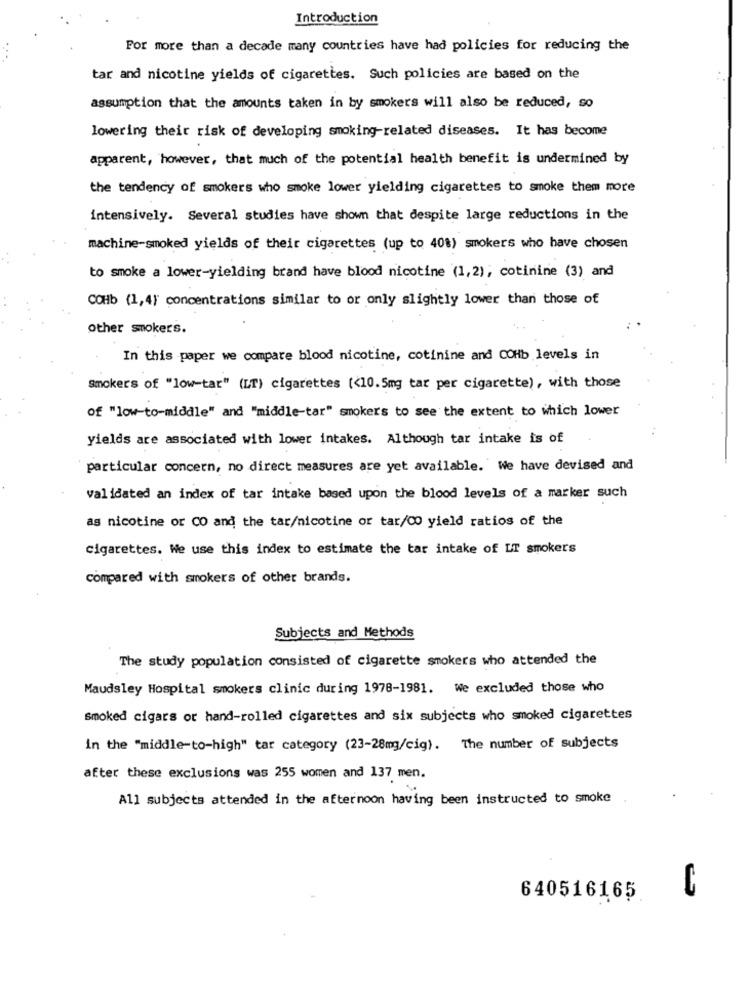
Introduction
For more than a decade many countries have had policies for reducing the
...
tar and nicotine yields of cigarettes. Such policies are based on the
assumption that the amounts taken in by smokers will also be reduced, so
lowering their risk of developing smoking-related diseases. It has become
apparent, however, that much of the potential health benefit is undermined by
the tendency of smokers who smoke lower yielding cigarettes to smoke them more
intensively. Several studies have shown that despite large reductions in the
machine-smoked yields of their cigarettes (up to 408) smokers who have chosen
to smoke a lower-yielding brand have blood nicotine (1,2); cotinine (3) and
COHb (1,4) concentrations similar to or only slightly lower than those of
other smokers.
In this paper we compare blood nicotine, cotinine and COHb levels in
smokers of "low-tar" (LT) cigarettes (<10.5mg tar per cigarette), with those
of "low-to-middle" and "middle-tar" smokers to see the extent to which lower
yields are associated with lower intakes. Although tar intake is of
particular concern, no direct measures are yet available. We have devised and
validated an index of tar intake based upon the blood levels of a marker such
as nicotine or CO and the tar/nicotine or tar/00 yield ratios of the
Cigarettes. We use this index to estimate the tar intake of LT smokers
compared with smokers of other brands.
Subjects and Methods
The study population consisted of cigarette smokers who attended the
Maudsley Hospital smokers clinic during 1978-1981. We excluded those who
Smoked cigars or hand-rolled cigarettes and six subjects who smoked cigarettes
in the "middle-to-high" tar category (23-28mg/cig). The number of subjects
after these exclusions was 255 women and 137 men.
All subjects attended in the afternoon having been instructed to smoke
640516165